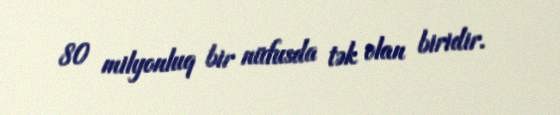
80 milyonluq bir nüfusda tək olan biridir.